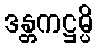
ဒန္တကဋ္ဌမ္ပိ